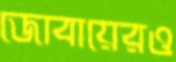
জোবায়েরও